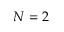
N = 2